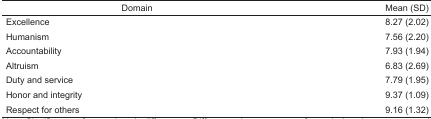
| Domain | Mean (SD) |
 | --- | --- |
 | Excellence | 8.27 (2.02) |
 | Humanism | 7.56 (2.20) |
 | Accountability | 7.93 (1.94) |
 | Altruism | 6.83 (2.69) |
 | Duty and service | 7.79 (1.95) |
 | Honor and integrity | 9.37 (1.09) |
 | Respect for others | 9.16 (1.32) |